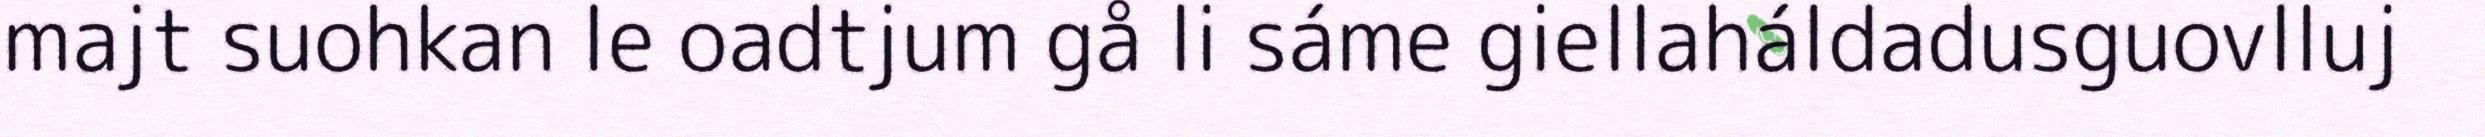
majt suohkan le oadtjum gå li sáme giellaháldadusguovlluj